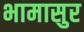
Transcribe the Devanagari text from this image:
भामासुर